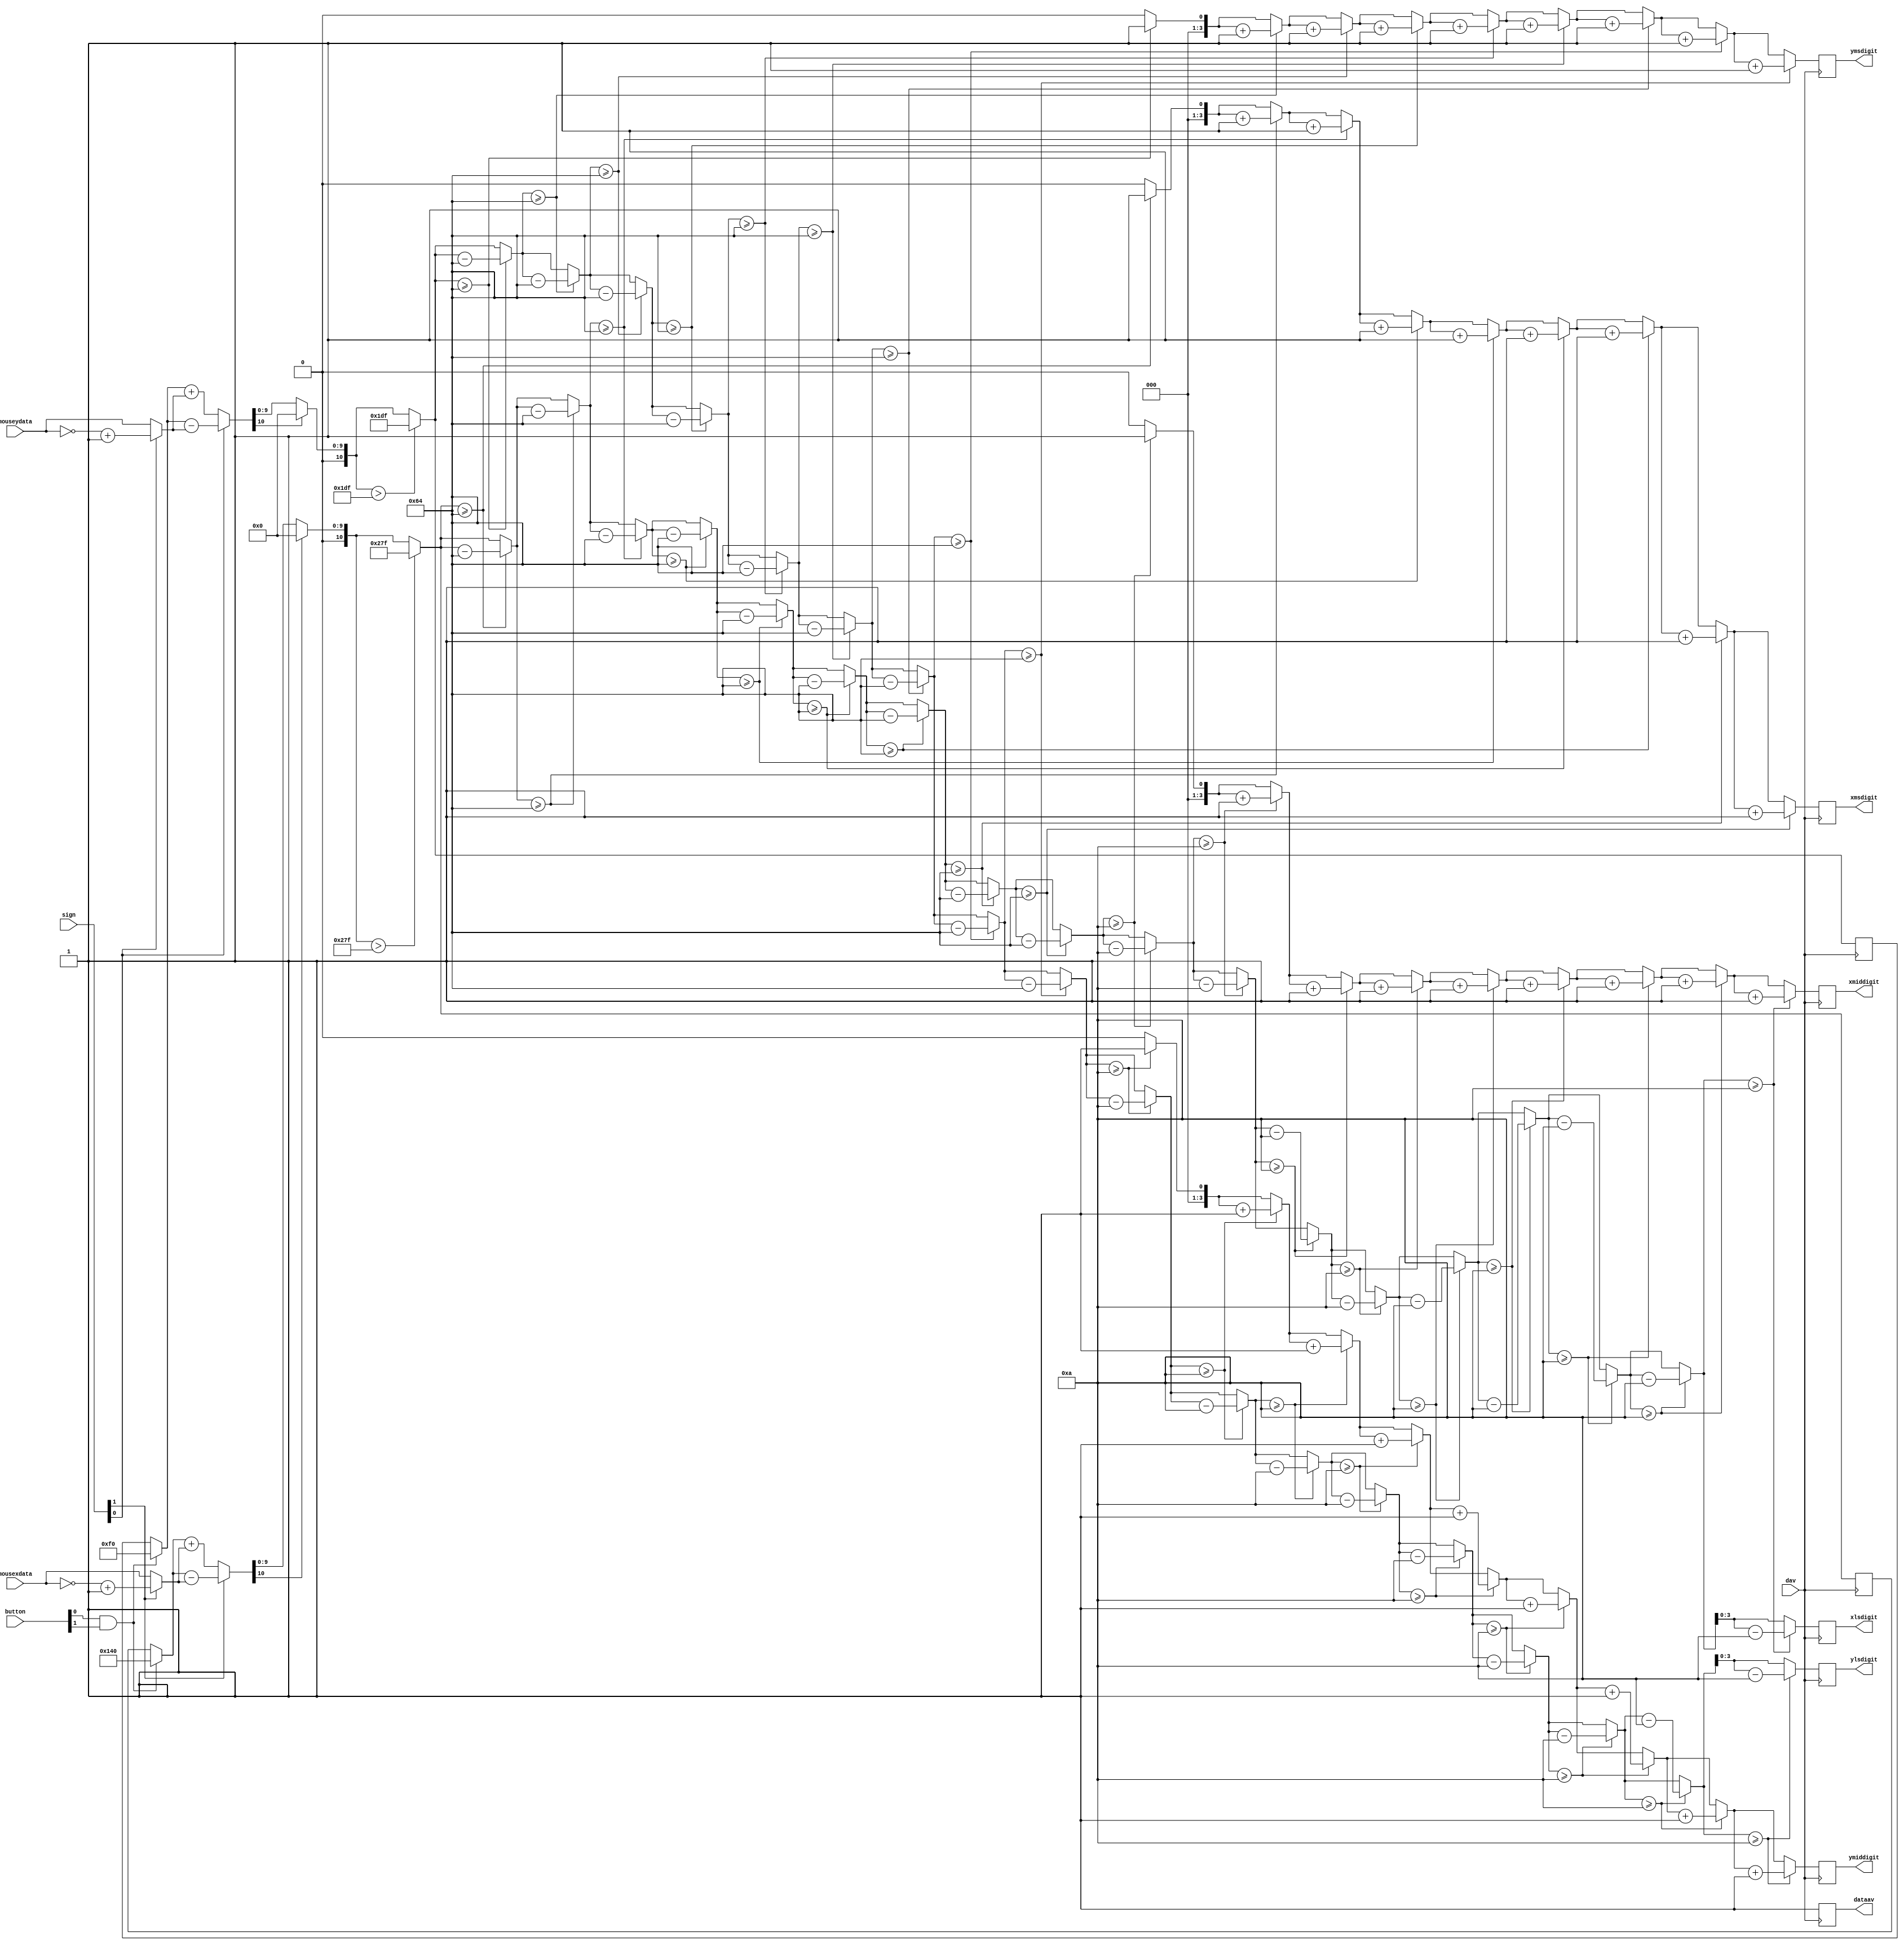
// PS/2 Mouse Test checkmouse.v
// c 2012 Embedded Design using Programmable Gate Arrays  Dennis Silage

module checkjstk (input [1:0] button, input dav, input [1:0] sign,
				input [7:0] mousexdata, input [7:0] mouseydata,
				output reg dataav, output reg [3:0] xmsdigit,
				output reg [3:0] xmiddigit, output reg [3:0] xlsdigit,
				output reg [3:0] ymsdigit, output reg [3:0] ymiddigit,
				output reg [3:0] ylsdigit);

reg [7:0] mousedata;
reg [10:0] xvalue;
reg [10:0] yvalue;
reg [10:0] xpos;
reg [10:0] ypos;
reg [10:0] value;

integer i;

always@(posedge dav)		
	begin
		dataav=0;
		
		if (button[0] && button[1])	// reset
			begin
				xpos=320;
				ypos=240;
			end
			
		yvalue[10:8]=0;
		xvalue[10:8]=0;
		
		mousedata=mouseydata;
		if (sign[0]==1)		
			mousedata=~mousedata+1;		
		yvalue[7:0]=mousedata[7:0];		
	
		mousedata=mousexdata;
		if (sign[1]==1)
			mousedata=~mousedata+1;
		xvalue[7:0]=mousedata[7:0];		
			
		if (sign[0]==1)
			ypos=ypos-yvalue;
		else
			ypos=ypos+yvalue;
			
		if (ypos[10]==1)
			ypos=0;
		if (ypos>479)
			ypos=479;
			
		if (sign[1]==1)
			xpos=xpos-xvalue;
		else
			xpos=xpos+xvalue;
			
		if (xpos[10]==1)
			xpos=0;
		if (xpos>639)
			xpos=639;
		
// Binary to BCD conversion

		value=xpos;
		xmsdigit=0;			// most significant digit
		for (i=1; i<=9; i=i+1)
			begin
				if (value>=100)
					begin
						xmsdigit=xmsdigit+1;
						value=value-100;
					end
			end
			
		xmiddigit=0;			// middle digit
		for (i=1; i<=9; i=i+1)
			begin
				if (value>=10)
					begin
						xmiddigit=xmiddigit+1;
						value=value-10;
					end
			end
			
		xlsdigit=value;		// least significant digit

		value=ypos;
		ymsdigit=0;			// most significant digit
		for (i=1; i<=9; i=i+1)
			begin
				if (value>=100)
					begin
						ymsdigit=ymsdigit+1;
						value=value-100;
					end
			end
			
		ymiddigit=0;			// middle digit
		for (i=1; i<=9; i=i+1)
			begin
				if (value>=10)
					begin
						ymiddigit=ymiddigit+1;
						value=value-10;
					end
			end
			
		ylsdigit=value;		// least significant digit
		dataav=1;
	end
	
endmodule